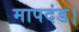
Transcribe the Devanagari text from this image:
मापदंड।